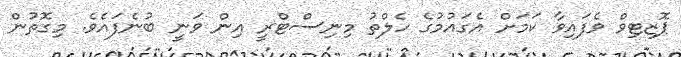
ޕޮޒިޓިވް ވެފައިވާ ކަމަށް އެގައުމުގެ ހެލްތު މިނިސްޓްރީ އިން ވަނީ ބުނެފައެވެ. މިގޮތުން